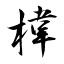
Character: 椲